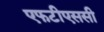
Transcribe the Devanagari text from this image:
एफटीएससी